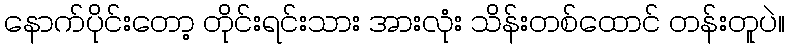
နောက်ပိုင်းတော့ တိုင်းရင်းသား အားလုံး သိန်းတစ်ထောင် တန်းတူပဲ။